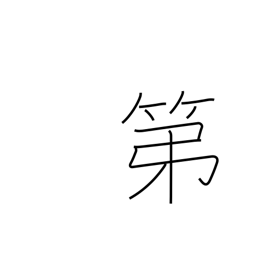
Meaning: residence